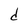
Character: d